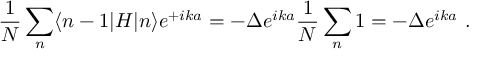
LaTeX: { \frac { 1 } { N } } \sum _ { n } \langle n - 1 | H | n \rangle e ^ { + i k a } = - \Delta e ^ { i k a } { \frac { 1 } { N } } \sum _ { n } 1 = - \Delta e ^ { i k a } \ .